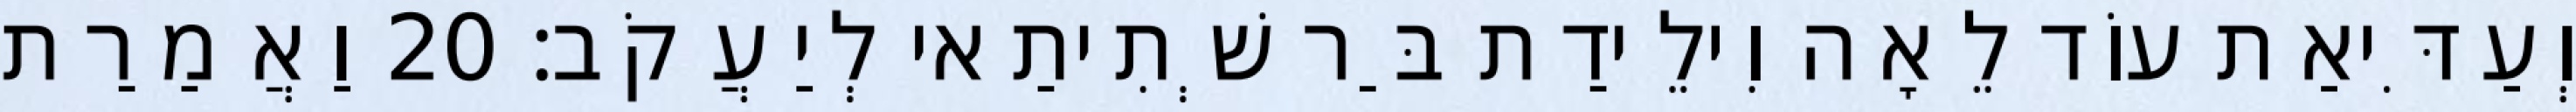
וְעַדִּיאַת עוֹד לֵאָה וִילֵידַת בַּר שְׁתִיתַאי לְיַעֲקֹב׃ 20 וַאֲמַרַת